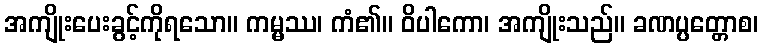
အကျိုးပေးခွင့်ကိုရသော။ ကမ္မဿ၊ ကံ၏။ ဝိပါကော၊ အကျိုးသည်။ ခဏပ္ပတ္တောစ၊